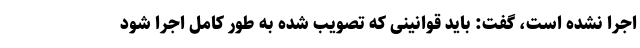
اجرا نشده است، گفت: باید قوانینی که تصویب شده به طور کامل اجرا شود